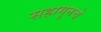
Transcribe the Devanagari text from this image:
सहागुनचे